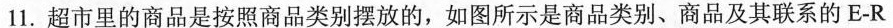
11.超市里的商品是按照商品类别摆放的，如图所示是商品类别、商品及其联系的E-R